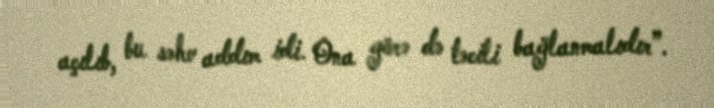
açılıb, bu səhv addım idi. Ona görə də təcili bağlanmalıdır”.